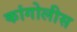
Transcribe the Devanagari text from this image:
कांगोलीस